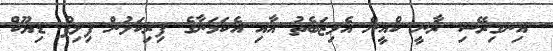
އިނގިރޭސި ރާނީ ކްއީން އެލިޒަބެތު އާއި އެކަމަނާގެ ފިރިކަލުން ފިލިޕް ޑިޔޫކް